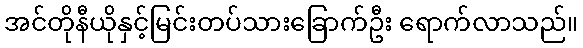
အင်တိုနီယိုနှင့်မြင်းတပ်သားခြောက်ဦး ရောက်လာသည်။